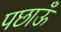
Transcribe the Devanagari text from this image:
पछाऊँ